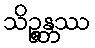
သိဉ္စန္တဿ